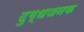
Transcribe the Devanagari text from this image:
दुग्धजनक